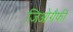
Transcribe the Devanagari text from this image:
जिओग्रैफी